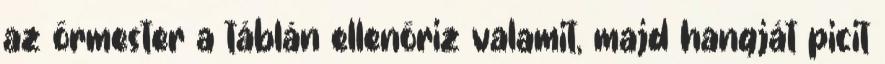
az őrmester a táblán ellenőriz valamit, majd hangját picit